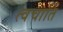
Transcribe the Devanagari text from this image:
त्वचार्ति